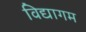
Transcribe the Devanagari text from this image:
विद्यागम